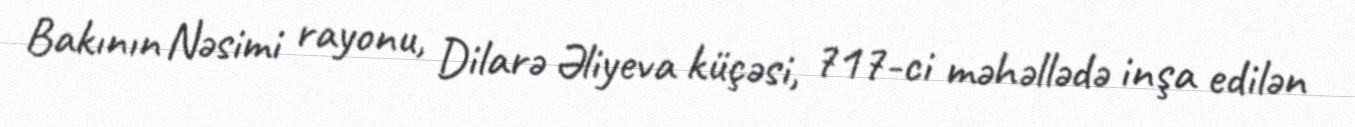
Bakının Nəsimi rayonu, Dilarə Əliyeva küçəsi, 717-ci məhəllədə inşa edilən